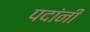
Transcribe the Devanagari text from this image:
पदांनी